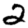
Digit: 2